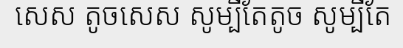
សេស តូចសេស សូម្បីតែតូច សូម្បីតែ